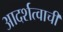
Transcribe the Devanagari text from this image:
आदर्शत्वाची